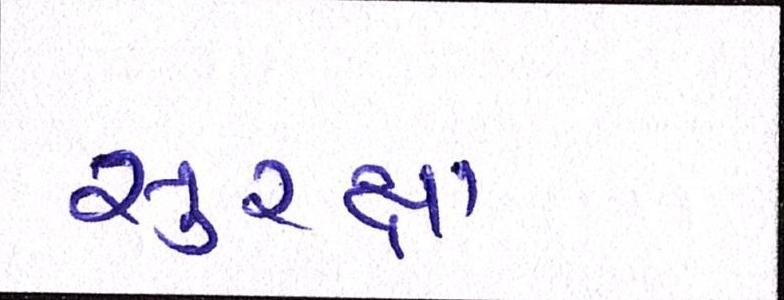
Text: સુરક્ષા